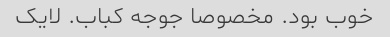
خوب بود. مخصوصا جوجه کباب. لایک